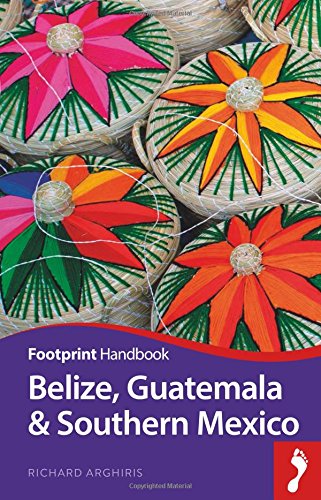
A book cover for Belize, Guatemala & Southern Mexico Handbook (Footprint - Handbooks); Richard Arghiris; Travel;